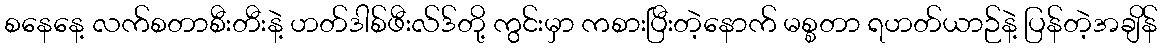
စနေနေ့ လက်စတာစီးတီးနဲ့ ဟတ်ဒါစ်ဖီးလ်ဒ်တို့ ကွင်းမှာ ကစားပြီးတဲ့နောက် မစ္စတာ ရဟတ်ယာဉ်နဲ့ ပြန်တဲ့အချိန်